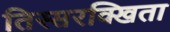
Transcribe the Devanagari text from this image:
तिस्सरक्खिता